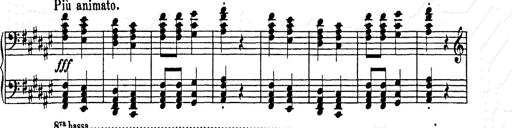
Title: Hungarian Rhapsody No.9
Composer: Franz Liszt
Key: E-flat major